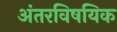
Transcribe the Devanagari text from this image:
अंतरविषयिक